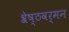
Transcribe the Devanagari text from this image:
श्रेष्ठवर्मन